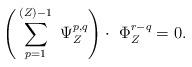
LaTeX: \begin{align*}\Bigg( \sum_{p=1}^{(Z)-1}\ \Psi_Z^{p,q} \Bigg) \cdot \ \Phi^{r-q}_Z=0.\end{align*}